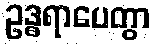
ဥဒ္ဓရာပေတွာ